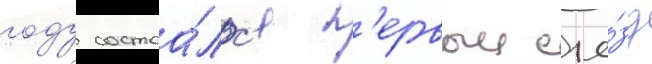
году состоа́лс'я п'ервыи съе́зд